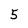
Character: 5